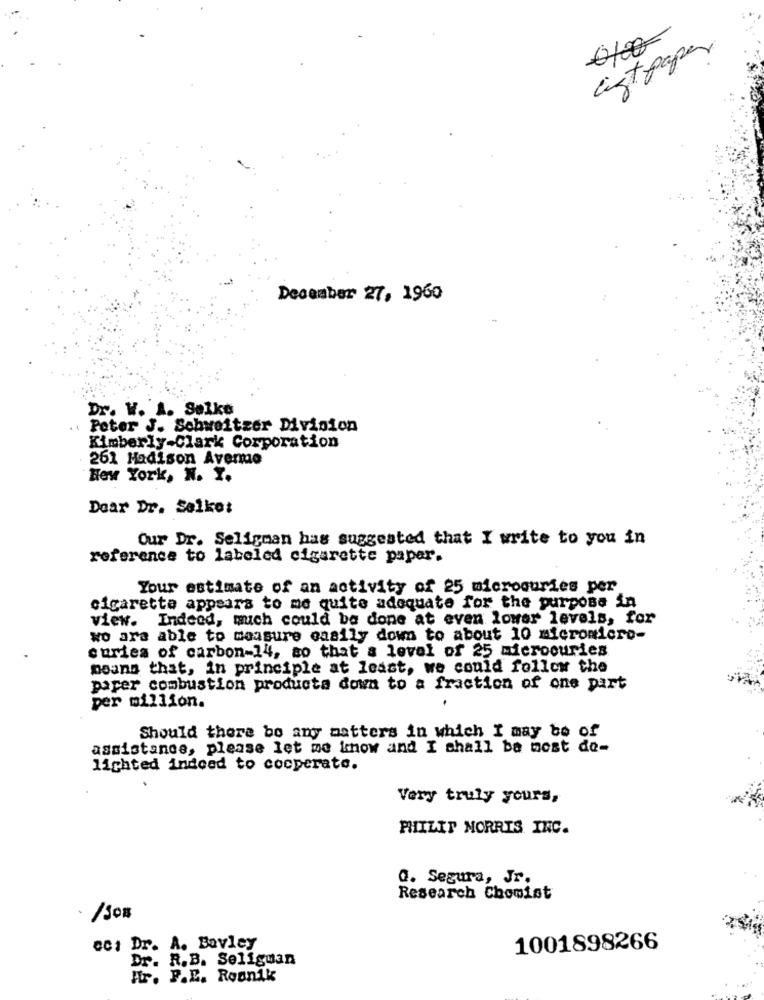
0100
ciztpaper
December 27, 1960
Dr. W. A. Selke
Peter J. Schweitzer Division
Kimberly-Clark Corporation
261 Madison Avemmo
New York, N. Y.
Doar Dr. Selke:
Our Dr. Seligman has suggested that I write to you in
reference to labeled cigarette paper.
Your estimate of an activity of 25 microouries per
cigarette appears to me quite adequate for the purpose in
view. Indeod, much could be done at even lower levels, for
wo ara able to measure easily down to about 10 micromicro-
curies of carbon-14, so that a level of 25 microouries
means that, in principle at least, we could follow the
paper combustion products down to a fraction of one part
per million.
Should there be any matters in which I may be of
assistance, please let me know and I shall ba most de-
lighted indeed to cooperate.
Very truly yours,
PHILIP MORRIS INC.
Q. Segura, Jr.
Research Chomist
.
· /Son
eci Dr. A. Bavley
1001898266
Dr. R.B. Seliguan
Hr. P.E. Roonik